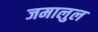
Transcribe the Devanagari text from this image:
जमालुल